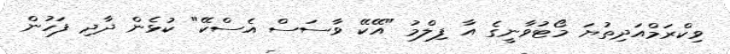
ވިކްރަމްއަދިތުޔަ މޯޓުވާނީގެ އާ ފިލްމު "އޭކޭ ވާސަސް އެސްކޭ" ކުޅެން ދާދި ފަހުން